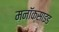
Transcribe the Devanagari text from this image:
मनॉक्साइड